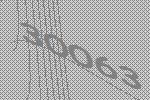
30063